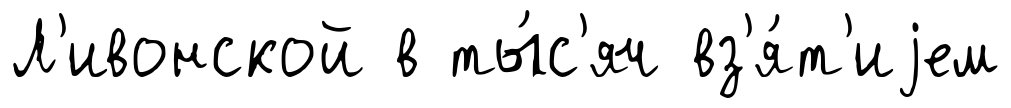
Л'ивонской в ты́с'яч вз'я́т'иjем